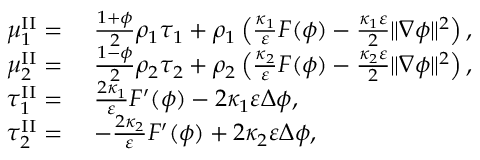
\begin{array} { r l } { \mu _ { 1 } ^ { \mathrm { I I } } = } & { ~ \frac { 1 + \phi } { 2 } \rho _ { 1 } \tau _ { 1 } + \rho _ { 1 } \left( \frac { \kappa _ { 1 } } { \varepsilon } F ( \phi ) - \frac { \kappa _ { 1 } \varepsilon } { 2 } \| \nabla \phi \| ^ { 2 } \right) , } \\ { \mu _ { 2 } ^ { \mathrm { I I } } = } & { ~ \frac { 1 - \phi } { 2 } \rho _ { 2 } \tau _ { 2 } + \rho _ { 2 } \left( \frac { \kappa _ { 2 } } { \varepsilon } F ( \phi ) - \frac { \kappa _ { 2 } \varepsilon } { 2 } \| \nabla \phi \| ^ { 2 } \right) , } \\ { \tau _ { 1 } ^ { \mathrm { I I } } = } & { ~ \frac { 2 \kappa _ { 1 } } { \varepsilon } F ^ { \prime } ( \phi ) - 2 \kappa _ { 1 } \varepsilon \Delta \phi , } \\ { \tau _ { 2 } ^ { \mathrm { I I } } = } & { ~ - \frac { 2 \kappa _ { 2 } } { \varepsilon } F ^ { \prime } ( \phi ) + 2 \kappa _ { 2 } \varepsilon \Delta \phi , } \end{array}